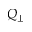
Q _ { \perp }